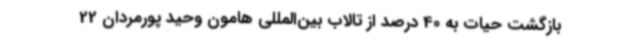
بازگشت حیات به 40 درصد از تالاب بین‌المللی هامون وحید پورمردان 22